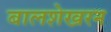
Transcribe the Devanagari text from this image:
बालशेखरन